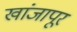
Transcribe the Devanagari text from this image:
खांजापूर